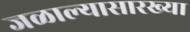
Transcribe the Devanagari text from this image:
जळाल्यासारख्या